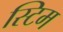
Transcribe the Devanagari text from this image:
स्टिम